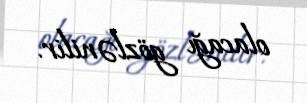
olacağı gözlənilir.